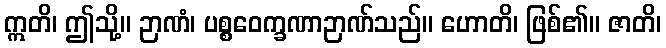
ဣတိ၊ ဤသို့။ ဉာဏံ၊ ပစ္စဝေက္ခဏာဉာဏ်သည်။ ဟောတိ၊ ဖြစ်၏။ ဇာတိ၊